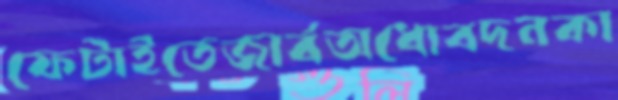
ফেটাইতেজার্বঅধোবদনকা